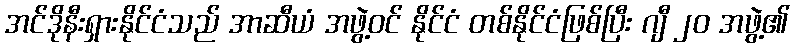
အင်ဒိုနီးရှားနိုင်ငံသည် အာဆီယံ အဖွဲ့ဝင် နိုင်ငံ တစ်နိုင်ငံဖြစ်ပြီး ဂျီ ၂၀ အဖွဲ့၏